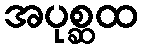
အပုစ္ဆထ